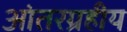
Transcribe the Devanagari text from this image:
आंतरग्रहीय